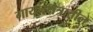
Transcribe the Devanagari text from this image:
गायनक्षेत्रातील